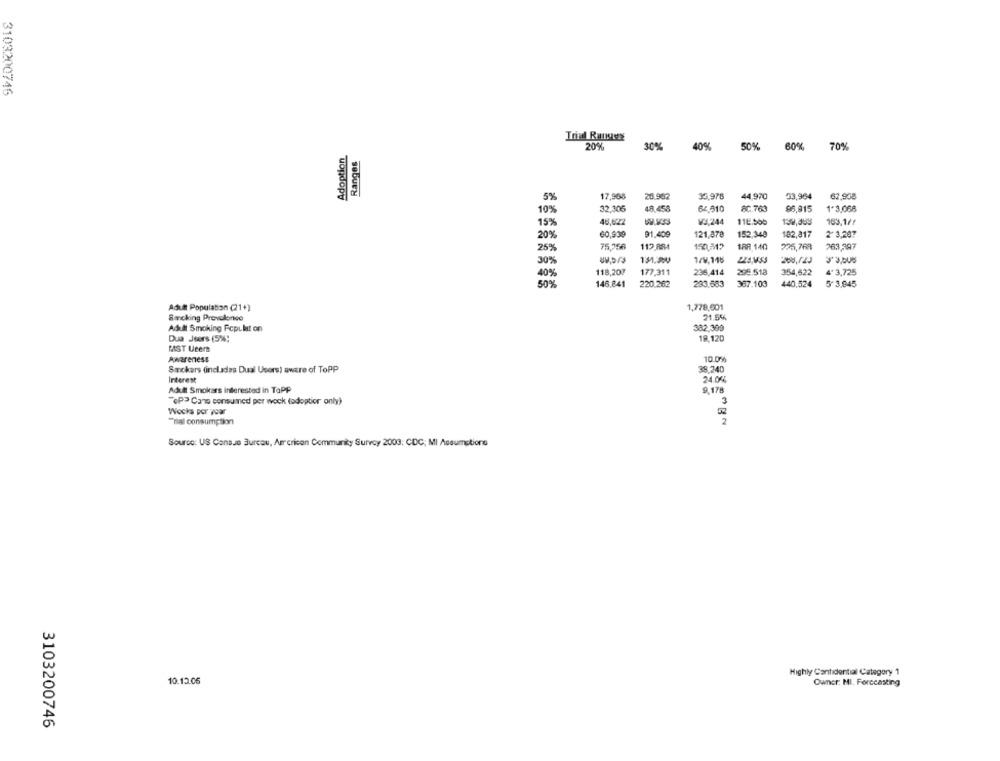
3103200746
Adoption
20%
30%
40%
50%
60%
70%
Ranges
5%
17,968
26.962
39.976
44,970
33,964
62,908
10%
32,306
48.458
62 510
8C.763
96,915
1-3,068
46,622
¥3,244
112.505
139,465
15%
163,1/1
20%
60,939
91.409
121,878
152,340
182,817
2 3,287
25%
75,256
112.884
188 140
225,768
763,397
1/V,115
30%
40%
118,20₽
177,311
236,414
295.518
354,622
4º3,725
50%
146,841
220.262
293.583
367.103
440,524
5-3.845
Adult Population (21+)
1,778,601
Smoking Provalonce
21.56
Adult Smoking Fepulat on
382,399
Dua Jeers (5%4;
19,120
MAST Ueers
Awareness
10.0%
Sarckers (incladas Dual Users) aware of ToPP
38.240
Interest
24.06%
Adult Smokers interested in ToPP
9.178
"(P> Cans consumned per wock (adoptior only)
3
Wocks per your
Trial consumption
Source: US Consue Burcau, American Community Survey 2003: CDC; MI Assumptions
Highly Confidential Category 1
10.13.06
Owner: MI. Forecasting
3103200746